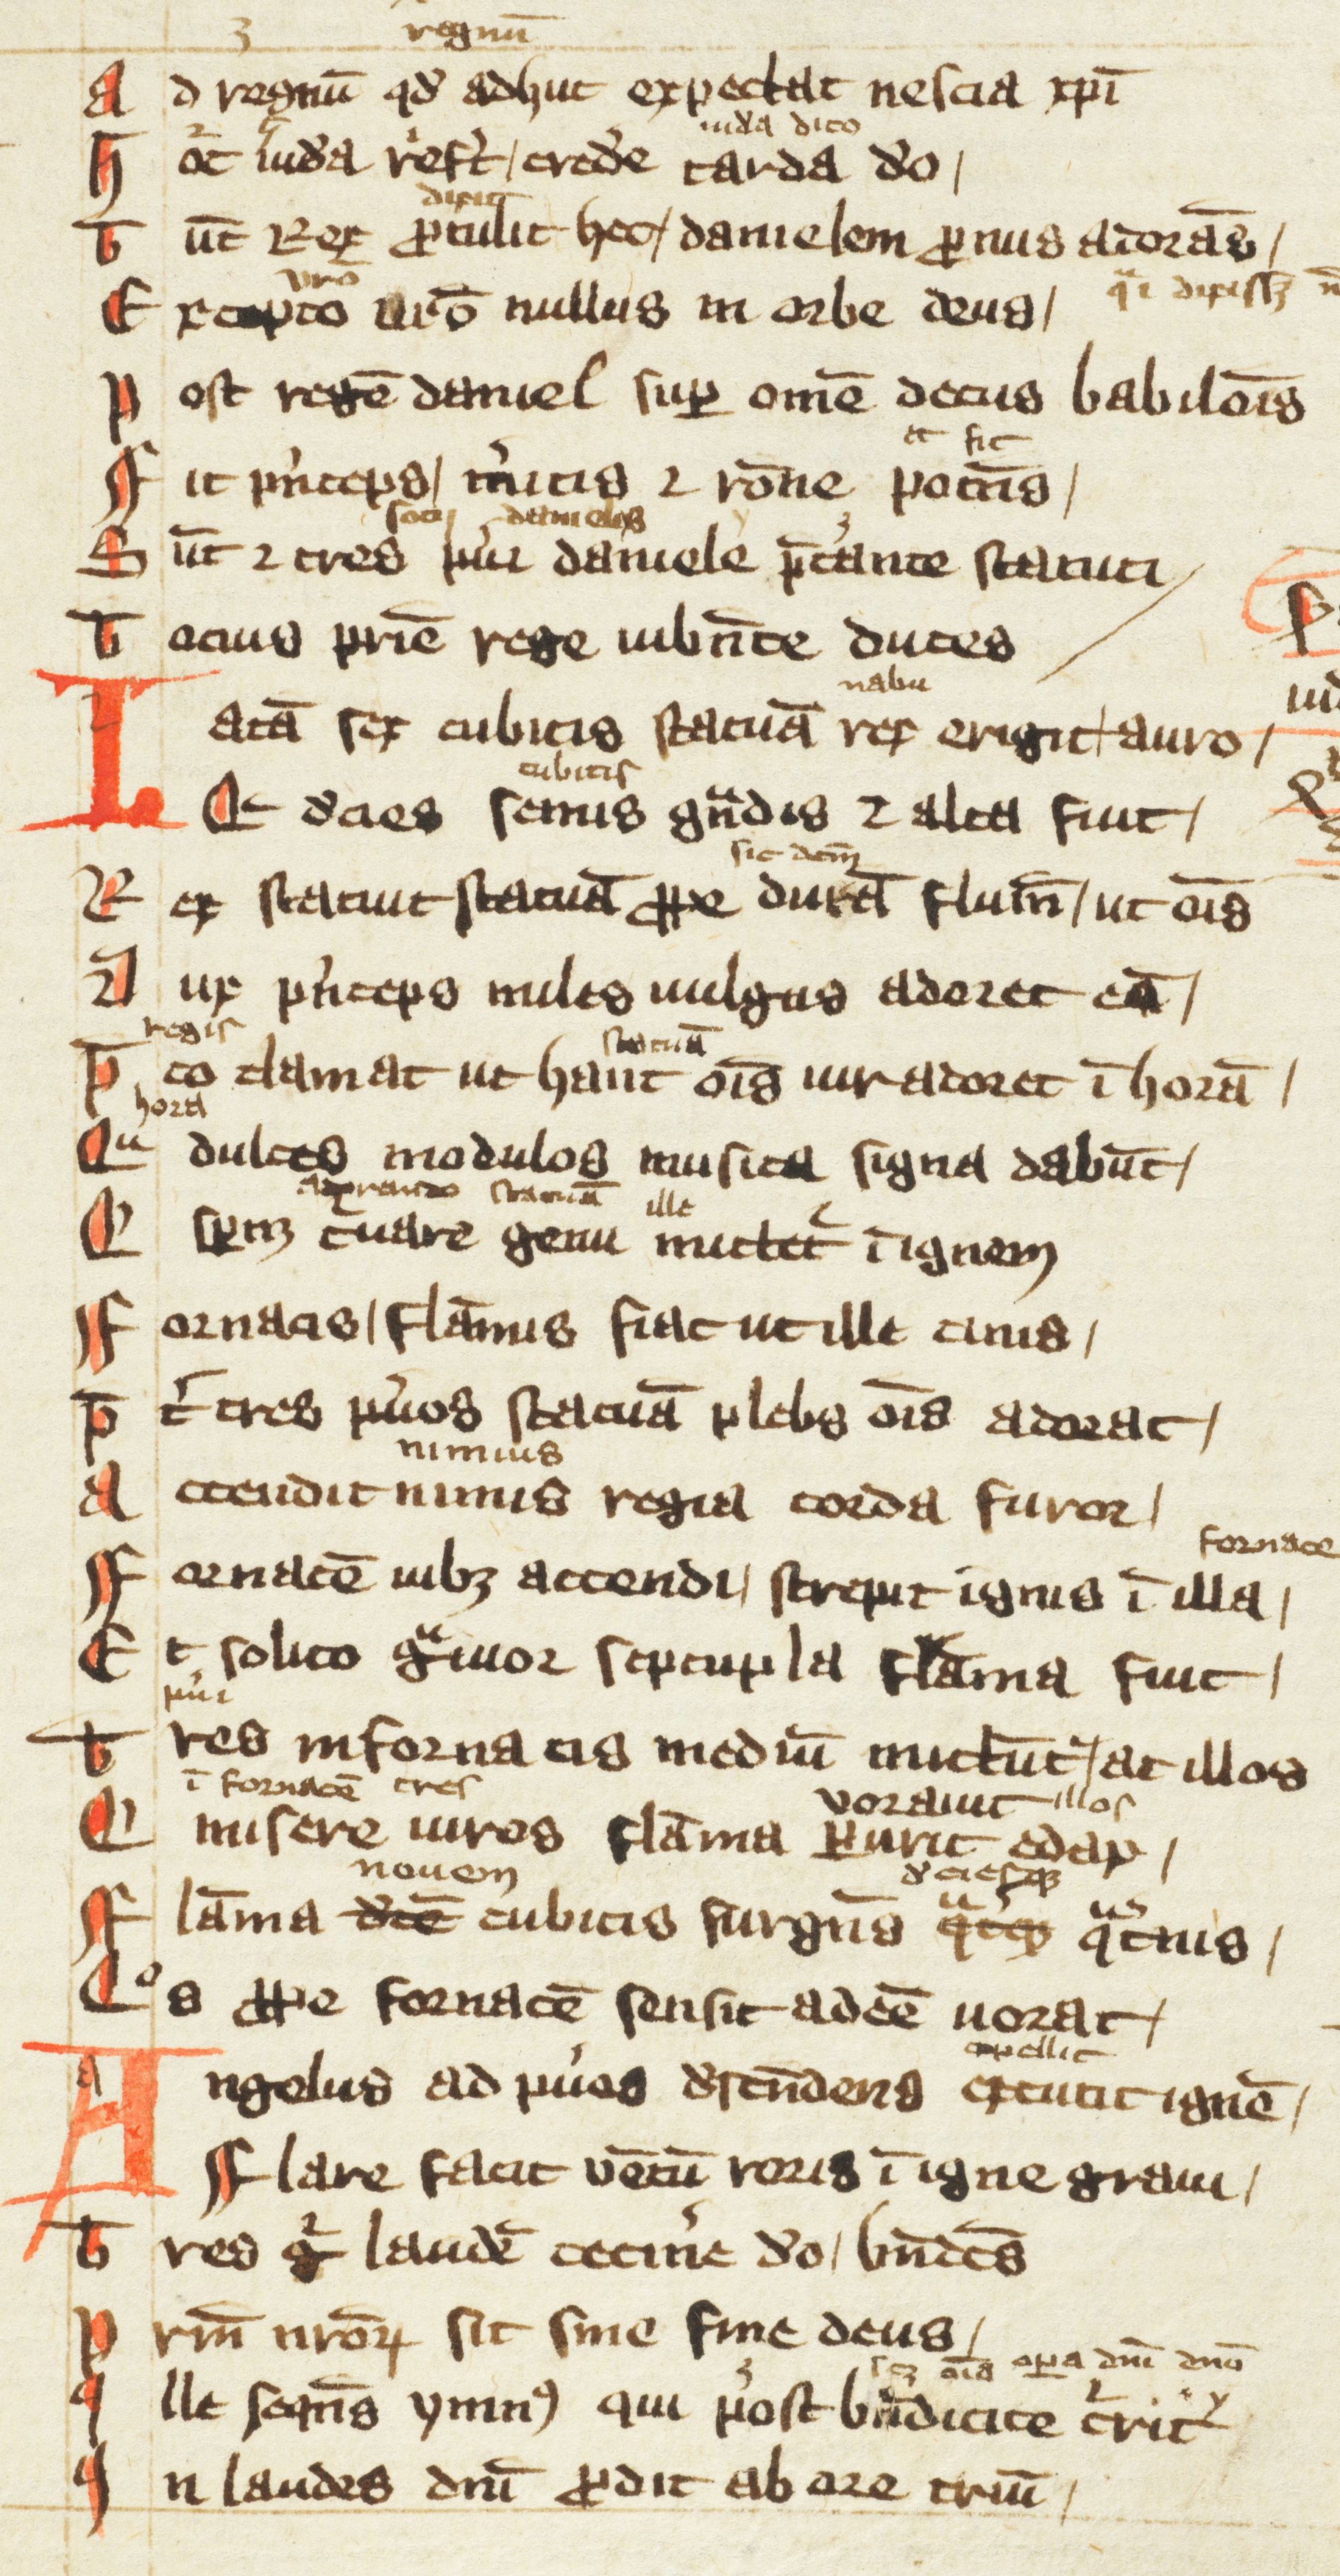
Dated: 1300–1399